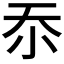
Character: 𭕇